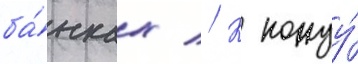
ба́нках // К концу́